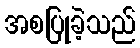
အစပြုခဲ့သည်